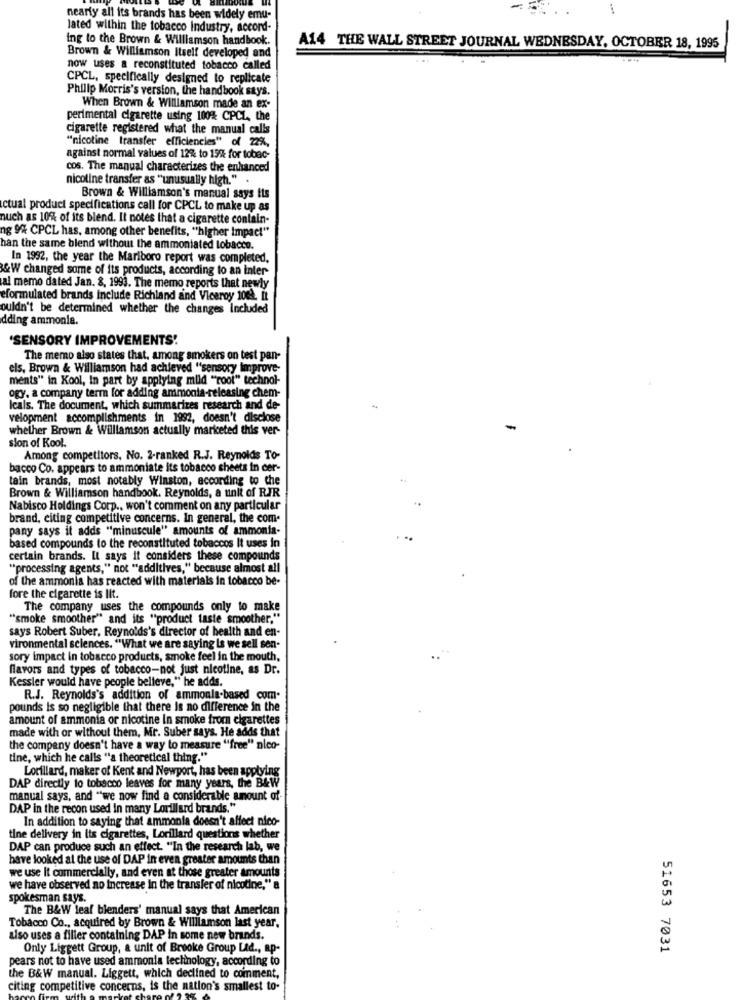
nearly all its brands has been widely emu-
lated within the tobacco Industry, accord-
ing to the Brown & Williamson handbook.
A14 THE WALL STREET JOURNAL WEDNESDAY, OCTOBER 18, 1995
Brown & Williamson Itself developed and
now uses a reconstituted tobacco called
CPCL, specifically designed to replicate
Philip Morris's version, the handbook stys.
When Brown & Williamson made an ex-
perimental cigarette using 100% CPCL, the
cigarette registered what the manual calls
"nicotine transfer efficiencies" of 22%,
against normal values of 12% to 15% for tobac-
cos. The manual characterizes the enhanced
nicoline transfer as "unusually high." .
Brown & Williamson's manual says its
ctual product specifications call for CPCL to make up as
nuch as 10% of its blend. It notes that a cigarette contain-
ng 9% CPCL has, among other benefits, "higher impact"
han the same blend without the ammoniated tobacco.
In 1992, the year the Marlboro report was completed.
&W changed some of its products, according to an inter
al memo dated Jan. 8, 1993. The memo reports that newly
eformulated brands Include Richland and Viceroy 1002. It
ouldn't be determined whether the changes Included
dding ammonia.
'SENSORY IMPROVEMENTS!
The memo also states that, among smokers on test pan-
els, Brown & Williamson had achieved "sensory Improve-
ments" in Kool, In part by applying mild ""cool" technol-
ogy. a company term for adding ammonia-releasing chem-
Icals. The document, which summarizes research and de-
velopment accomplishments in 1992, doesn't disclose
whether Brown & Williamson actually mariceted this ver-
sion of Kool.
Among competitors. No. 2-ranked R.J. Reynolds To-
bacco Co. appears to ammoniate its tobacco sheets in cer-
tain brands, most notably Winston, according to che
Brown & Williamson handbook. Reynolds, a unit of RJR
Nabisco Holdings Corp ., won't comment on any particular
brand, citing competitive concerns. In general, the com.
pany says it adds "minuscule" amounts of ammonia-
based compounds to the reconstituted tobaccos It uses in
certain brands. It says it considers these compounds
"processing agents," not "additives," because almost all
of the ammonia has reacted with materials in tobacco be-
fore the cigarette is lit.
The company uses the compounds only to make
"smoke smoother" and its "product taste smoother."
says Robert Suber. Reynolds's director of health and en-
vironmental sciences. "What we are saying is we sell sen-
sory impact in tobacco products, smoke feel in the mouth,
flavors and types of tobacco-not just nicotine, as Dr.
Kessler would have people believe," he adds.
R.J. Reynolds's addition of ammonia-based com.
pounds is so negligible that there is no difference in the
amount of ammonia or nicotine in smoke from cigarettes
made with or without them, Mr. Suber says. He adds that
the company doesn't have a way to measure "free" nico-
tine, which he calls "a theoretical thing."
Lorillard, maker of Kent and Newport, has been applying
DAP directly to tobacco leaves for many years, the B&W
manual says, and "we now find a considerable amount of-
DAP in the recon used in many Lorillard brands."
In addition to saying that ammonia doesn't affect nico-
tine delivery in its cigarettes, Lorillard questions whether
DAP can produce such an effect. "In the research lab, we
have looked at the use of DAP in even greater amounts than
we use It commercially, and even at those greater amounts
we have observed no increase In the transfer of nicotine," a
spokesman says.
The B&W leaf blenders' manual says that American
Tobacco Co ., acquired by Brown & Williamson last year.
also uses a filter containing DAP in some new brands.
Only Liggett Group, a unit of Brooke Group Ltd ., ap-
51653 7031
pears not to have used ammonia technology, according to
the B&W manual. Liggett, which declined to comment,
citing competitive concerns, is the nation's smallest to-